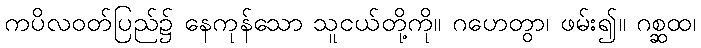
ကပိလဝတ်ပြည်၌ နေကုန်သော သူငယ်တို့ကို။ ဂဟေတွာ၊ ဖမ်း၍။ ဂစ္ဆထ၊